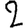
Digit: 2